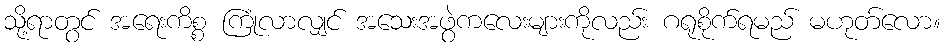
သို့ရာတွင် အရေးကိစ္စ ကြုံလာလျှင် အသေးအဖွဲကလေးများကိုလည်း ဂရုစိုက်ရမည် မဟုတ်လော။